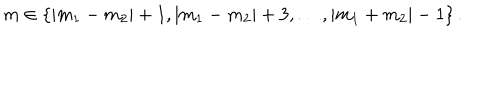
m \in \{ | m _ { 1 } - m _ { 2 } | + 1 , | m _ { 1 } - m _ { 2 } | + 3 , \ldots , | m _ { 1 } + m _ { 2 } | - 1 \} \, .